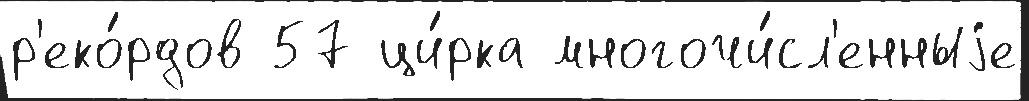
р'еко́рдов 57 ци́рка многочи́сл'енныjе